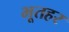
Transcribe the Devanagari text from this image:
भूतहर